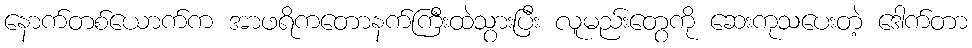
နောက်တစ်ယောက်က အာဖရိကတောနက်ကြီးထဲသွားပြီး လူမည်းတွေကို ဆေးကုသပေးတဲ့ ဒေါက်တာ